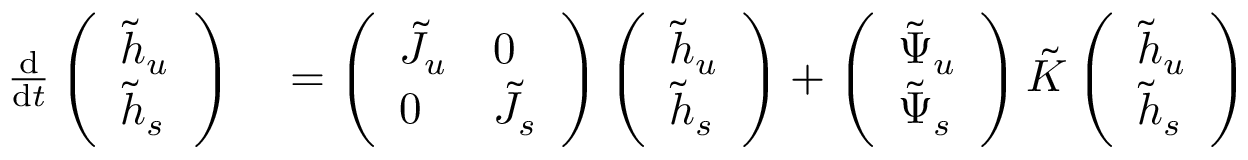
\begin{array} { r l } { \frac { \mathop { } \! \mathrm { d } } { \mathop { } \! \mathrm { d } t } \left( \begin{array} { l } { \tilde { h } _ { u } } \\ { \tilde { h } _ { s } } \end{array} \right) } & { { } = \left( \begin{array} { l l } { \tilde { J } _ { u } } & { 0 } \\ { 0 } & { \tilde { J } _ { s } } \end{array} \right) \left( \begin{array} { l } { \tilde { h } _ { u } } \\ { \tilde { h } _ { s } } \end{array} \right) + \left( \begin{array} { l } { \tilde { \Psi } _ { u } } \\ { \tilde { \Psi } _ { s } } \end{array} \right) \tilde { K } \left( \begin{array} { l } { \tilde { h } _ { u } } \\ { \tilde { h } _ { s } } \end{array} \right) } \end{array}